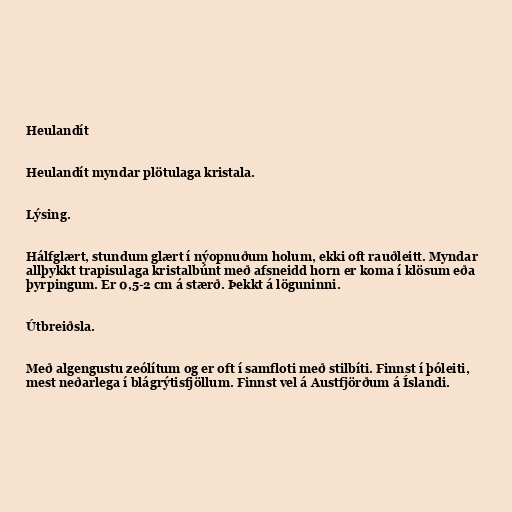
Heulandít

Heulandít myndar plötulaga kristala.

Lýsing.

Hálfglært, stundum glært í nýopnuðum holum, ekki oft rauðleitt. Myndar
allþykkt trapisulaga kristalbúnt með afsneidd horn er koma í klösum eða
þyrpingum. Er 0,5-2 cm á stærð. Þekkt á löguninni.

Útbreiðsla.

Með algengustu zeólítum og er oft í samfloti með stilbíti. Finnst í þóleiti,
mest neðarlega í blágrýtisfjöllum. Finnst vel á Austfjörðum á Íslandi.